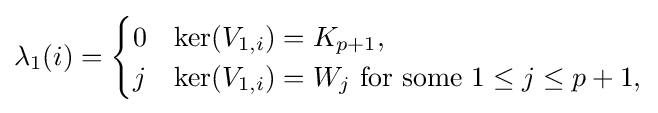
\lambda _{1}(i)={\begin{cases}0&\ker(V_{1,i})=K_{p+1},\\j&\ker(V_{1,i})=W_{j}{\text{ for some }}1\leq j\leq p+1,\end{cases}}